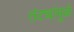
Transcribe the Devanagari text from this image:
तंट्यांमुळे